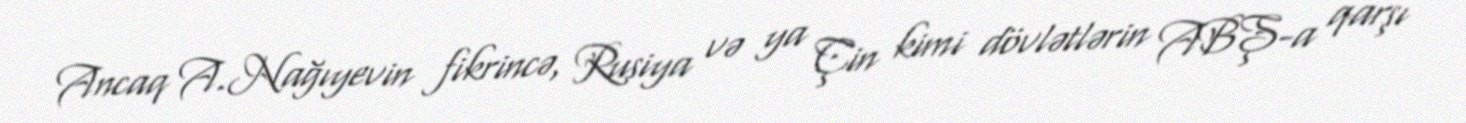
Ancaq A.Nağıyevin fikrincə, Rusiya və ya Çin kimi dövlətlərin ABŞ-a qarşı